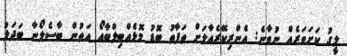
ލީގު ކަށަވަރެއް ނުވާނެ: އެންރިކޭރެއާލަށް ތަފާތު ބޮޑު މޮޅެއްބިލްބާއޯ އަތުން ބާސެލޯނާ ބަދަލު